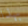
بهذا